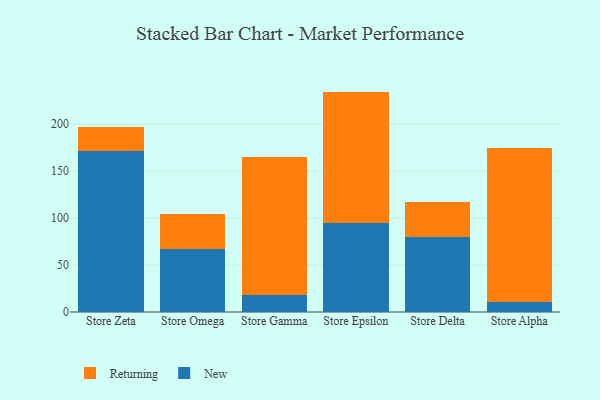
{"axis": {"x": "Store", "y": "Tickets Resolved"}, "legend": ["New", "Returning"], "data": [{"x": "Store Zeta", "y": 171.4, "type": "New"}, {"x": "Store Zeta", "y": 25.7, "type": "Returning"}, {"x": "Store Omega", "y": 67.4, "type": "New"}, {"x": "Store Omega", "y": 37.1, "type": "Returning"}, {"x": "Store Gamma", "y": 17.8, "type": "New"}, {"x": "Store Gamma", "y": 147.6, "type": "Returning"}, {"x": "Store Epsilon", "y": 94.5, "type": "New"}, {"x": "Store Epsilon", "y": 140.3, "type": "Returning"}, {"x": "Store Delta", "y": 79.6, "type": "New"}, {"x": "Store Delta", "y": 37.2, "type": "Returning"}, {"x": "Store Alpha", "y": 10.6, "type": "New"}, {"x": "Store Alpha", "y": 163.8, "type": "Returning"}]}